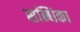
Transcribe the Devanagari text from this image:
सन्धिका